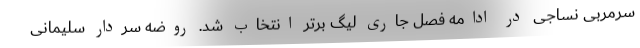
سرمربی نساجی در ادامه فصل جاری لیگ برتر انتخاب شد. روضه سردار سلیمانی